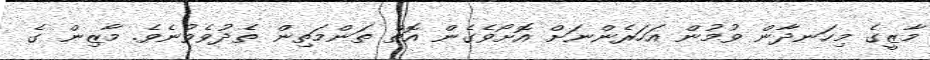
މާޒީގެ މިހަނދާން ވުމުން އަހަރެންނަށް އޮށޯވެގެން އޮތް ތަންމަތިން ތެދުވެވުނެވެ. މާޒިން ގެ